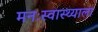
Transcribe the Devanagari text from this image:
मनःस्वास्थ्याला